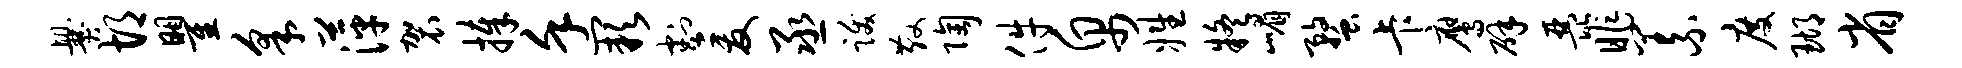
爨胡瞿采萍袈捧堇缺割爰丞跋散陶件帛姓疑嵋蝥卡鹰辟琵昨义度瑚省